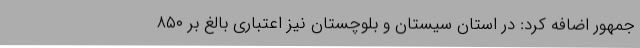
جمهور اضافه کرد: در استان سیستان و بلوچستان نیز اعتباری بالغ بر ۸۵۰